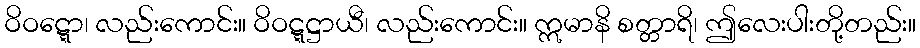
ဝိဝဋ္ဋော၊ လည်းကောင်း။ ဝိဝဋ္ဋဋ္ဌာယီ၊ လည်းကောင်း။ ဣမာနိ စတ္တာရိ၊ ဤလေးပါးတို့တည်း။